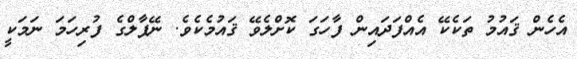
އެހެން ޤައުމު ތަކެކޭ އެއްފަދައިން ފާހަގަ ކޮށްލެވޭ ޤައުމެކެވެ. ނޭޕާލްގެ ފުރިހަމަ ނަމަކީ